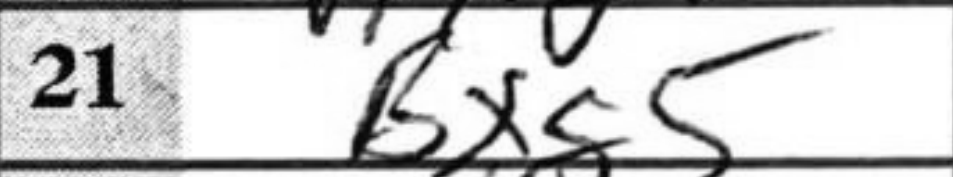
Transcription: Bxg5